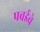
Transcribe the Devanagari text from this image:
पवईचे